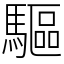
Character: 驅